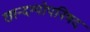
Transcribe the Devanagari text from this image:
छान्दग्योपनिषद